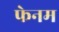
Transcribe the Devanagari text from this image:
फेनम